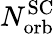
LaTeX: N_{\mathrm{orb}}^{\mathrm{SC}}